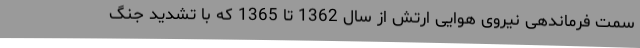
سمت فرماندهی نیروی هوایی ارتش از سال 1362 تا 1365 که با تشدید جنگ